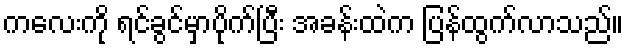
ကလေးကို ရင်ခွင်မှာပိုက်ပြီး အခန်းထဲက ပြန်ထွက်လာသည်။